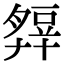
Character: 𧯭